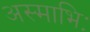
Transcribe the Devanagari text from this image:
अस्माभिः